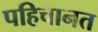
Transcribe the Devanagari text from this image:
पहिचानत